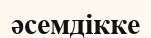
әсемдікке